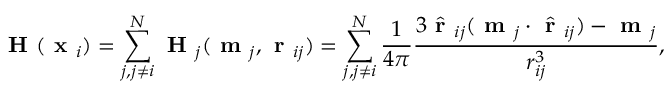
\begin{array} { r } { \textbf { H } ( \textbf { x } _ { i } ) = \displaystyle \sum _ { j , j \neq i } ^ { N } \textbf { H } _ { j } ( \textbf { m } _ { j } , \textbf { r } _ { i j } ) = \displaystyle \sum _ { j , j \neq i } ^ { N } \frac { 1 } { 4 \pi } \frac { 3 \hat { \textbf { r } } _ { i j } ( \textbf { m } _ { j } \cdot \hat { \textbf { r } } _ { i j } ) - \textbf { m } _ { j } } { r _ { i j } ^ { 3 } } , } \end{array}